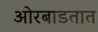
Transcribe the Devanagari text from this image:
ओरबाडतात